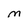
Character: M